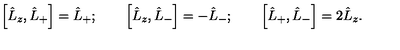
\left[ \hat { L } _ { z } , \hat { L } _ { + } \right] = \hat { L } _ { + } ; \qquad \left[ \hat { L } _ { z } , \hat { L } _ { - } \right] = - \hat { L } _ { - } ; \qquad \left[ \hat { L } _ { + } , \hat { L } _ { - } \right] = 2 \hat { L } _ { z } .